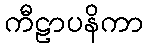
ကီဠာပနိကာ